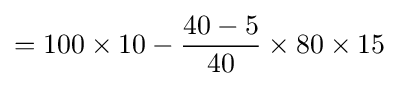
=100\times 10-{\frac {40-5}{40}}\times 80\times 15